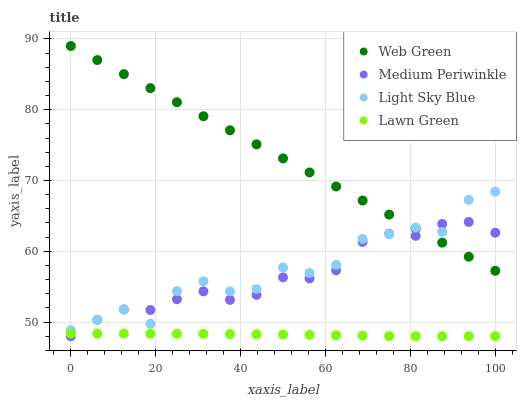
| xaxis_label | Web Green | Medium Periwinkle | Light Sky Blue | Lawn Green |
 | --- | --- | --- | --- | --- |
 | 0 | 89 | 48 | 48.9 | 48.4 |
 | 6.25 | 87 | 50.3 | 50.3 | 48.4 |
 | 12.5 | 85 | 51.8 | 51.8 | 48.4 |
 | 18.8 | 83 | 51.7 | 49.8 | 48.4 |
 | 25 | 81.1 | 53.2 | 54.4 | 48.4 |
 | 31.2 | 79.1 | 54.3 | 55.8 | 48.3 |
 | 37.5 | 77.1 | 53.1 | 54.3 | 48.3 |
 | 43.8 | 75.1 | 53.8 | 54.7 | 48.3 |
 | 50 | 73.1 | 56.3 | 57.7 | 48.2 |
 | 56.2 | 71.1 | 56.2 | 56.9 | 48.2 |
 | 62.5 | 69.2 | 57.3 | 58.1 | 48.1 |
 | 68.8 | 67.2 | 61.3 | 61.8 | 48.1 |
 | 75 | 65.2 | 62.5 | 62.4 | 48 |
 | 81.2 | 63.2 | 62.2 | 63.4 | 48 |
 | 87.5 | 61.2 | 63.9 | 62.7 | 48 |
 | 93.8 | 59.2 | 64.1 | 67.3 | 48 |
 | 100 | 57.3 | 62.6 | 68.4 | 48 |